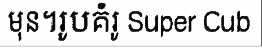
មុន។រូបគំរូ Super Cub